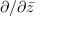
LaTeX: \partial / \partial { \bar { z } }